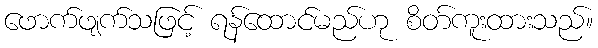
ဖောက်ဖျက်သဖြင့် ရန်ထောင်မည်ဟု စိတ်ကူးထားသည်။